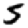
Digit: 5